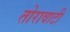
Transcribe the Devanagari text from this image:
तोरावाटी